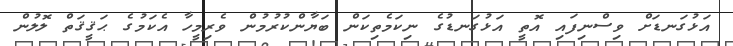
އަޅުގަނޑަށް ވިސްނިފައި އޮތީ އަޅުގަނޑުގެ ނިކަމެތިކަން ބަޔާންކުރުމުން ވެރިމީހާ އެކަމުގެ ޙަޤީޤަތް ލޮލުން